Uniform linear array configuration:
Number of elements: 64
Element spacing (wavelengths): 0.5
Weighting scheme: blackman
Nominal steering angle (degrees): -30
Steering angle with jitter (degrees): -29.83
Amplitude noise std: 0.05
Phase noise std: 0.05

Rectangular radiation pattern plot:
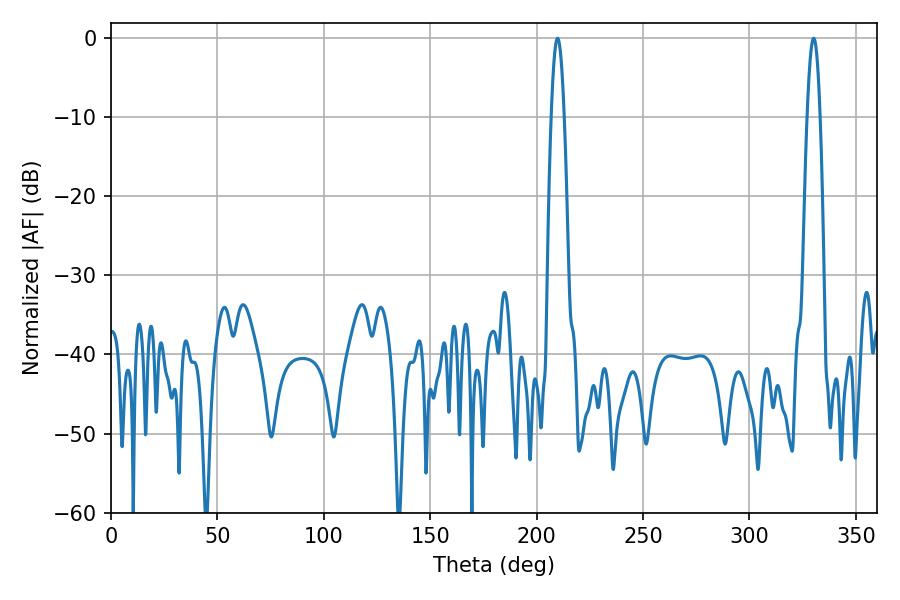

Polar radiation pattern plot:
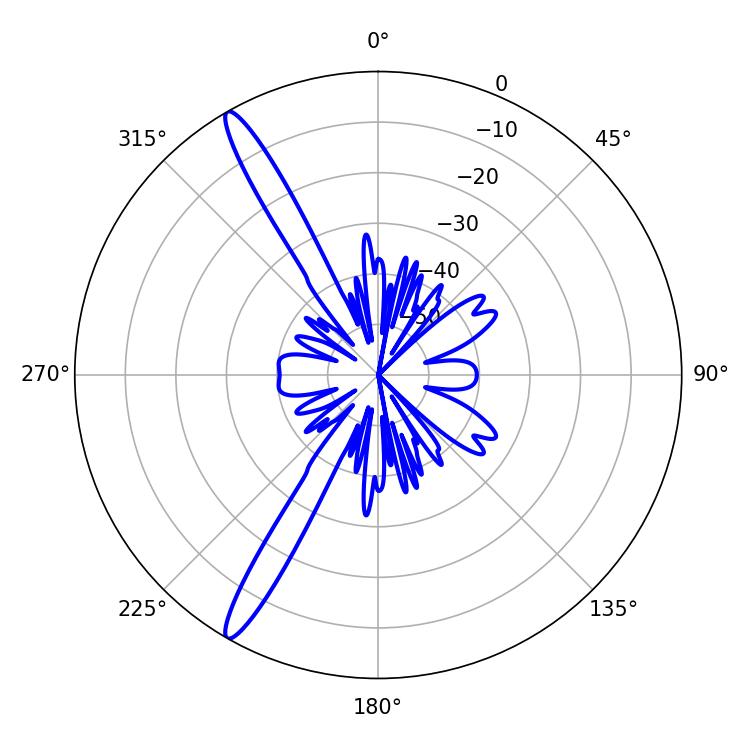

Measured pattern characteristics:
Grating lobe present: FALSE
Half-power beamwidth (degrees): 3.24
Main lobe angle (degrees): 330.12